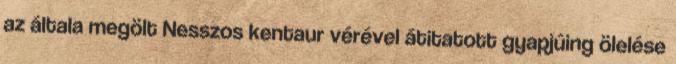
az általa megölt Nesszos kentaur vérével átitatott gyapjúing ölelése